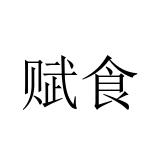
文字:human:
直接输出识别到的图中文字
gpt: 赋食